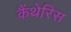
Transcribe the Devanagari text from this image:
कैंथेरिस